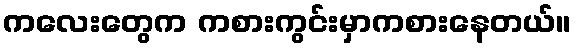
ကလေးတွေက ကစားကွင်းမှာကစားနေတယ်။